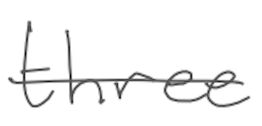
Text: three
Cross-out: single-line
Writing tool: digital_gray